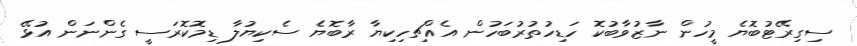
ސިގިރޭޓުބޮޔެ މީހުން ނާޒުވާބުކޮ ހަޑިހުތުރުބަހުން އެއްޗިހިކިޔާ ރާބޮޔެ ސެކިޔުލާ ޑިމޮކޮރަސީ ގެންނަން އުޅޭ